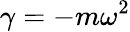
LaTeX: \gamma=-m\omega^{2}